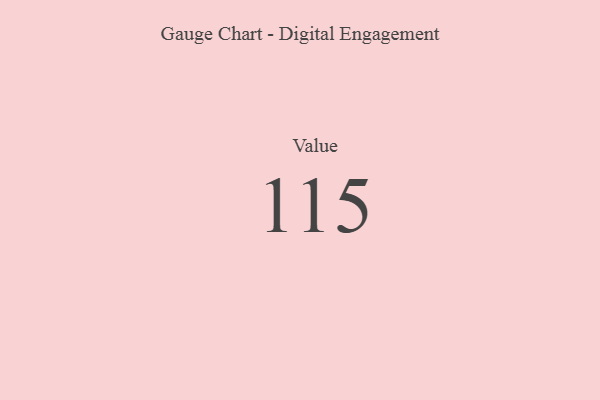
{"axis": {"x": "Metric", "y": "Value"}, "legend": [""], "data": [{"x": "Value", "y": 115, "type": ""}]}